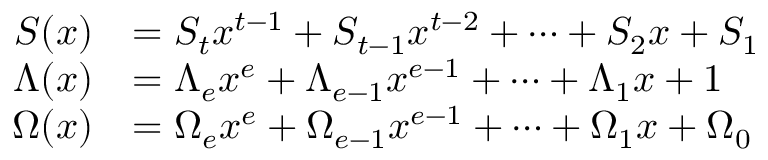
{ \begin{array} { r l } { S ( x ) } & { = S _ { t } x ^ { t - 1 } + S _ { t - 1 } x ^ { t - 2 } + \cdots + S _ { 2 } x + S _ { 1 } } \\ { \Lambda ( x ) } & { = \Lambda _ { e } x ^ { e } + \Lambda _ { e - 1 } x ^ { e - 1 } + \cdots + \Lambda _ { 1 } x + 1 } \\ { \Omega ( x ) } & { = \Omega _ { e } x ^ { e } + \Omega _ { e - 1 } x ^ { e - 1 } + \cdots + \Omega _ { 1 } x + \Omega _ { 0 } } \end{array} }